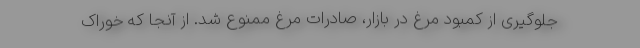
جلوگیری از کمبود مرغ در بازار، صادرات مرغ ممنوع شد. از آنجا که خوراک